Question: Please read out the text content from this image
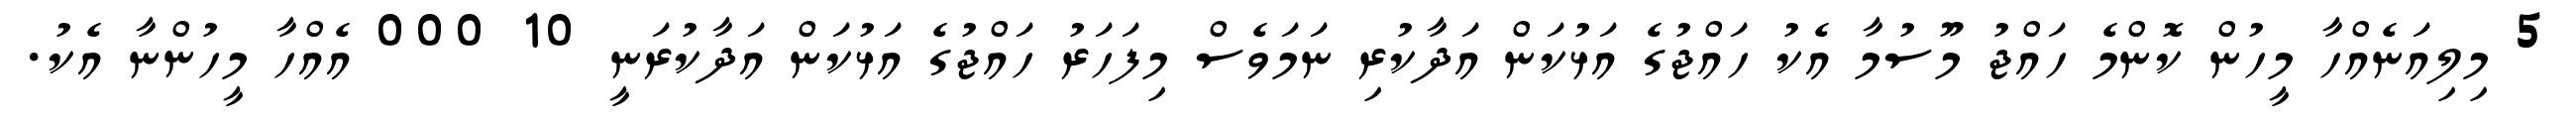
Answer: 5 މިލިއަނެއްހާ މީހުން ކޮންމެ ހައްޖު މޫސުމާ އެކު ހައްޖުގެ އަޅުކަން އަދާކުރި ނަމަވެސް މިފަހަރު ހައްޖުގެ އަޅުކަން އަދާކުރަނީ 10 000 އެއްހާ މީހުންނާ އެކު.